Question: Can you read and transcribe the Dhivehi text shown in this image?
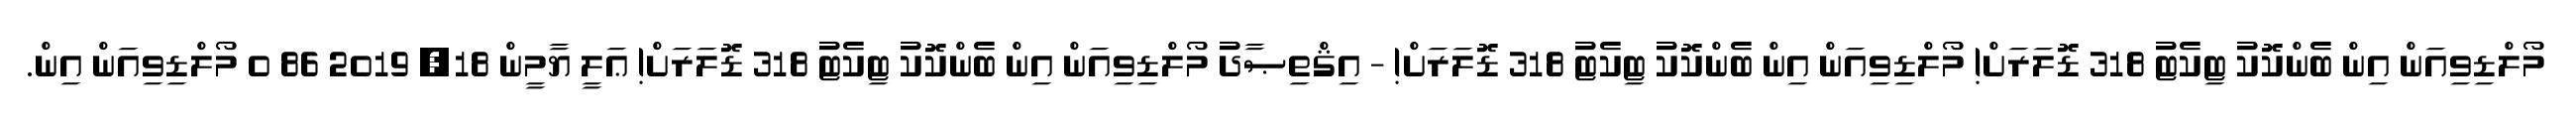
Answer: މޯލްޑިވިއަން އިން ބެންކޮކު ޓިކެޓު 318 ޑޮލަރަށް! މޯލްޑިވިއަން އިން ބެންކޮކު ޓިކެޓު 318 ޑޮލަރަށް! - އިޤްތިޞާދު މޯލްޑިވިއަން އިން ބެންކޮކު ޓިކެޓު 318 ޑޮލަރަށް! ޢަލީ ޔާމީން 18, 2019 86 0 މޯލްޑިވިއަން އިން.